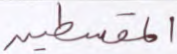
المقسطين